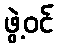
ဖွဲ့ဝင်